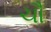
ચૌ